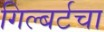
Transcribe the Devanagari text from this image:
गिल्बर्टचा